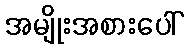
အမျိုးအစားပေါ်